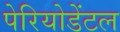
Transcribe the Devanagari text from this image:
पेरियोडेंटल